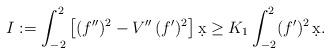
LaTeX: \begin{align*} I:=\int_{-2}^2 \big[(f'')^2-V''\,(f')^2\big]\,\d x\geq K_1\int_{-2}^2 (f')^2\,\d x. \end{align*}